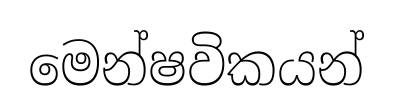
මෙන්ෂවිකයන්